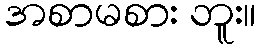
အစာမစား ဘူး။